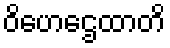
ဝိဟေဌေထာတိ